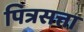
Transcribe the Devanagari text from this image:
पित्रसत्ता